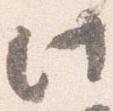
此